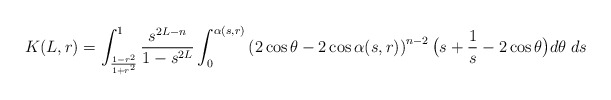
\begin{align*} K(L,r)=\int_{\frac{1-r^2}{1+r^2}}^1 \frac{s^{2L-n}}{1-s^{2L}} \int_0^{\alpha(s,r)} \left(2\cos\theta-2\cos \alpha(s,r)\right)^{n-2} \bigl(s+\frac 1s-2\cos\theta\bigr) d\theta\; ds\end{align*}